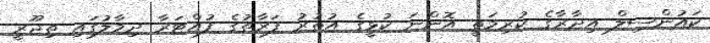
ކައުންސިލް އިދާރާގެ ކުރިމަތީ އޮންނަ ކުޅީގެ އުތުރު ފަރާތުގެ ފުއްޓަރާ ދިމާލުގައި ތިޖޫރީ